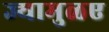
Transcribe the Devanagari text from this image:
ज्यामुळए